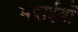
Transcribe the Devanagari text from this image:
मंदाईयों